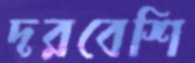
দরবেশি